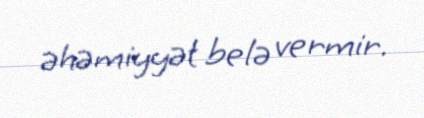
əhəmiyyət belə vermir.